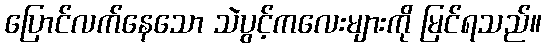
ပြောင်လက်နေသော သဲပွင့်ကလေးများကို မြင်ရသည်။